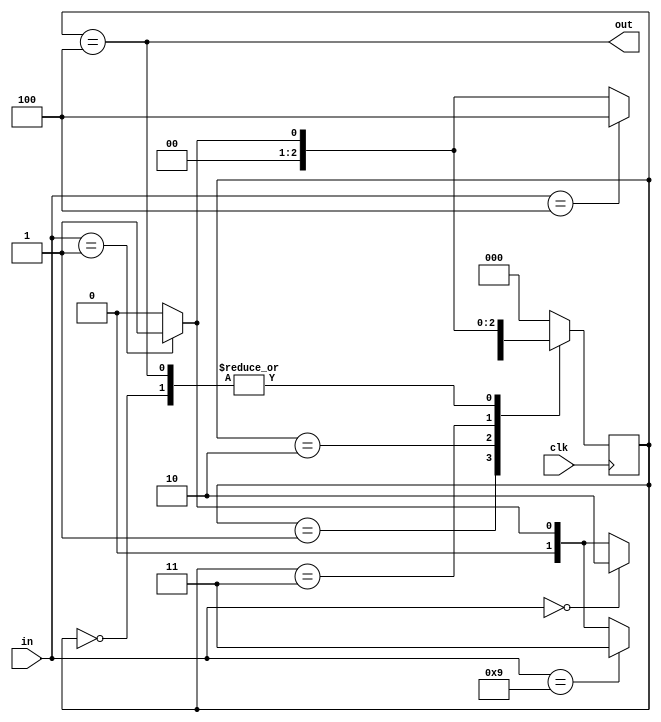
module sequence_detector(
	input clk,
	input [3:0] in,
	output out);
		
	parameter IDLE=3'b000, ONE=3'b001, ZERO=3'b010, NINE=3'b011, FOUR=3'b100;
	reg [2:0] state=IDLE,next_state;
	
	always@(*) begin
		case(state) 
			IDLE:next_state=(in==4'd1)?ONE:IDLE;
			ONE:next_state=(in==4'd0)?ZERO:((in==4'd1)?ONE:IDLE);
			ZERO:next_state=(in==4'd9)?NINE:((in==4'd1)?ONE:IDLE);
			NINE:next_state=(in==4'd4)?FOUR:((in==4'd1)?ONE:IDLE);
			FOUR:next_state=(in==4'd1)?ONE:IDLE;
			default:next_state=IDLE;
		endcase
	end
	
	always@(posedge clk) begin
		state<=next_state;
	end
	
	assign out=(state==FOUR);
	
endmodule